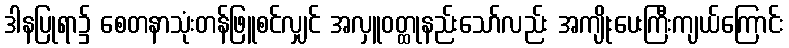
ဒါနပြုရာ၌ စေတနာသုံးတန်ဖြူစင်လျှင် အလှူဝတ္ထုနည်းသော်လည်း အကျိုးပေးကြီးကျယ်ကြောင်း